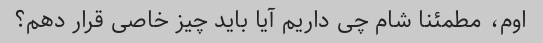
اوم، مطمئنا شام چی داریم آیا باید چیز خاصی قرار دهم؟